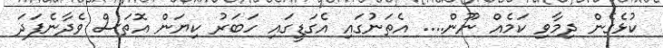
ކުޅެގެން ދިމާވި ކަމެއް ނޫން.... އެތަނުގައި އެގަޑީގައި ހަބަރު ކިޔަން އޮތަސް ވެދާނެފަދަ